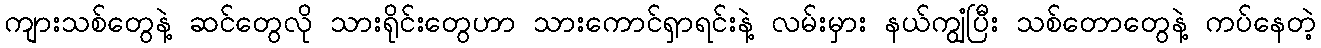
ကျားသစ်တွေနဲ့ ဆင်တွေလို သားရိုင်းတွေဟာ သားကောင်ရှာရင်းနဲ့ လမ်းမှား နယ်ကျွံပြီး သစ်တောတွေနဲ့ ကပ်နေတဲ့